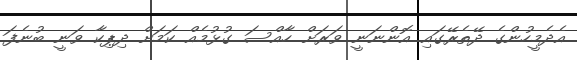
އެދެމީހުންގެ ދޭތެރޭގައި އޮންނަނީ ވަރަށް ހާއްސަ ގުޅުމެއް ކަމަށް ދިޕިކާ ވަނީ ބުނެފަ